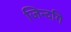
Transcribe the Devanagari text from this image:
जिन्दगि